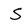
Character: S